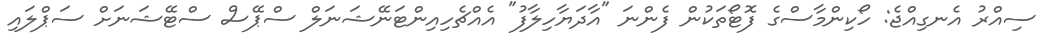
ސިއްރު އެނގިއްޖެ: ހޯކިންމާސްގެ ފޮޓޯތަކުން ފެންނަ "އާދަޔާހިލާފު" އެއްޗެހިއިންޓަނޭޝަނަލް ސްޕޭސް ސްޓޭޝަނަށް ސަޕްލައި